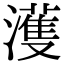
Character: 濩